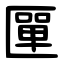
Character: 匰